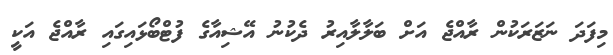
މިފަދަ ނަޒަރަކުން ރާއްޖެ އަށް ބަލާލާއިރު ދެކުނު އޭޝިއާގެ ފުޓްބޯޅައިގައި ރާއްޖެ އަކީ